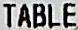
TABLE